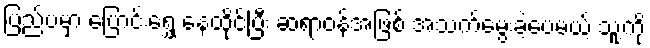
ပြည်ပမှာ ပြောင်းရွှေ့ နေထိုင်ပြီး ဆရာဝန်အဖြစ် အသက်မွေးခဲ့ပေမယ့် သူ့ကို